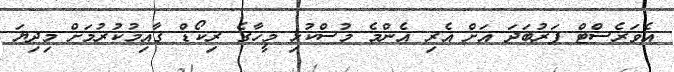
އެވަރެސްޓް ފަރުބަދަ އަށް އެރި އެންމެ މުސްކުޅި މީހާގެ ރިކޯޑް ގާއިމުކުރުމަށް މިދިޔަ